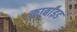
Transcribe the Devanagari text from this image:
कार्बांइड